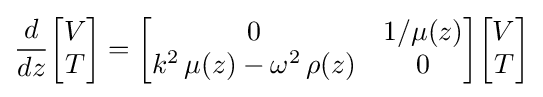
{\frac {d}{dz}}{\begin{bmatrix}V\\T\end{bmatrix}}={\begin{bmatrix}0&1/\mu (z)\\k^{2}\,\mu (z)-\omega ^{2}\,\rho (z)&0\end{bmatrix}}{\begin{bmatrix}V\\T\end{bmatrix}}